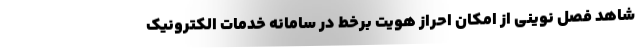
شاهد فصل نوینی از امکان احراز هویت برخط در سامانه خدمات الکترونیک